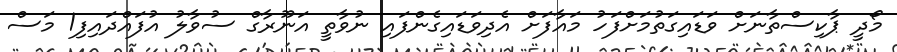
މޯދީ ޕާކިސްތާނަށް ވަޑައިގަތުމަށްފަހު މައާފަށް އެދިވަޑައިގެންފައި ނުވާތީ އަނޫރާގް ސުވާލު އުފައްދައިފި1 މަސް